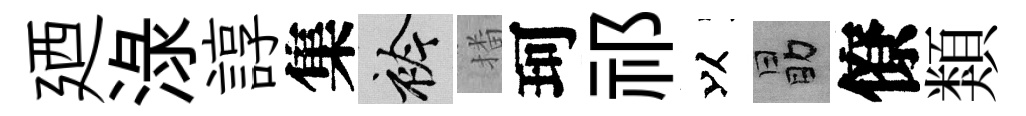
廼渌諄集衿播珂祁以勗僚類